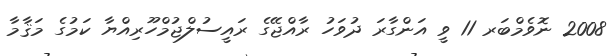
2008 ނޮވެމްބަރ 11 ވީ އަންގާރަ ދުވަހު ރާއްޖޭގެ ރައީސުލްޖުމްހޫރިއްޔާ ކަމުގެ މަޤާމާ